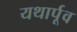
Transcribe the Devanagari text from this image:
यथार्पूव